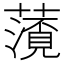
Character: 𮒐